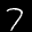
Label: 7